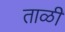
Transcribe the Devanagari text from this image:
ताळी